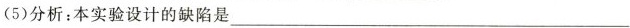
(5)分析：本实验设计的缺陷是___